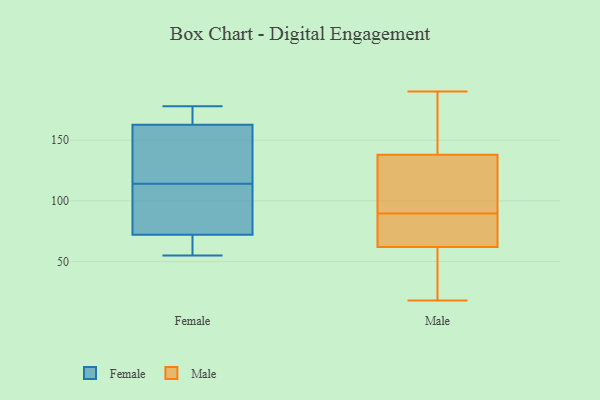
{"axis": {"x": "Backlog", "y": "Value"}, "legend": ["Female", "Male"], "data": [{"x": "", "y": 55, "type": "Female"}, {"x": "", "y": 135, "type": "Female"}, {"x": "", "y": 83, "type": "Female"}, {"x": "", "y": 177, "type": "Female"}, {"x": "", "y": 178, "type": "Female"}, {"x": "", "y": 86, "type": "Female"}, {"x": "", "y": 114, "type": "Female"}, {"x": "", "y": 177, "type": "Female"}, {"x": "", "y": 114, "type": "Female"}, {"x": "", "y": 62, "type": "Female"}, {"x": "", "y": 72, "type": "Female"}, {"x": "", "y": 158, "type": "Female"}, {"x": "", "y": 72, "type": "Female"}, {"x": "", "y": 69, "type": "Male"}, {"x": "", "y": 88, "type": "Male"}, {"x": "", "y": 168, "type": "Male"}, {"x": "", "y": 24, "type": "Male"}, {"x": "", "y": 183, "type": "Male"}, {"x": "", "y": 165, "type": "Male"}, {"x": "", "y": 18, "type": "Male"}, {"x": "", "y": 107, "type": "Male"}, {"x": "", "y": 91, "type": "Male"}, {"x": "", "y": 97, "type": "Male"}, {"x": "", "y": 76, "type": "Male"}, {"x": "", "y": 47, "type": "Male"}, {"x": "", "y": 55, "type": "Male"}, {"x": "", "y": 87, "type": "Male"}, {"x": "", "y": 190, "type": "Male"}, {"x": "", "y": 111, "type": "Male"}]}